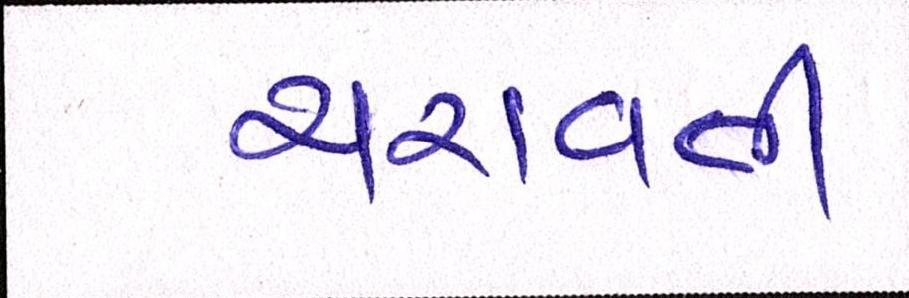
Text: ચરાવતી